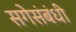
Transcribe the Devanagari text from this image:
सगेसंबंधी